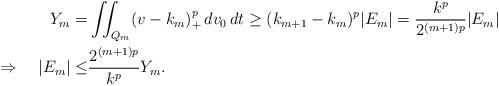
LaTeX: \begin{align*}Y_m=&\iint_{Q_m}(v-k_m)_+^p\,dv_0\,dt\ge(k_{m+1}-k_m)^p|E_m|=\frac{k^p}{2^{(m+1)p}}|E_m|\\\Rightarrow\quad|E_m|\le&\frac{2^{(m+1)p}}{k^p}Y_m.\end{align*}